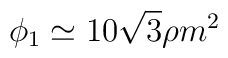
\phi _1\simeq 10\sqrt{3}\rho m^2